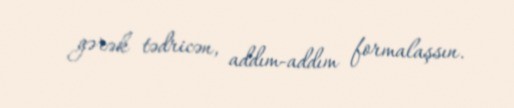
gərək tədricən, addım-addım formalaşsın.